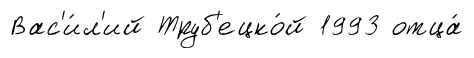
Вас'и́л'ий Труб'ецко́й 1993 отца́